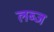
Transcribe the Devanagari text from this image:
लब्ज